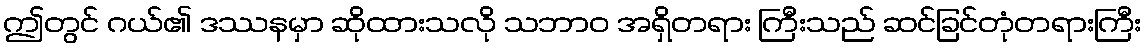
ဤတွင် ဂယ်၏ ဒဿနမှာ ဆိုထားသလို သဘာဝ အရှိတရား ကြီးသည် ဆင်ခြင်တုံတရားကြီး